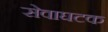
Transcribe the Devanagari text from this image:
सेवाघटक